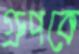
গ্রুপকে